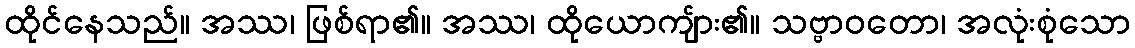
ထိုင်နေသည်။ အဿ၊ ဖြစ်ရာ၏။ အဿ၊ ထိုယောကျ်ား၏။ သဗ္ဗာဝတော၊ အလုံးစုံသော